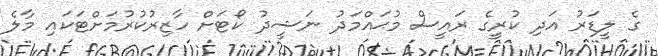
ގެ ލީޑަރު އަދި ކުރީގެ ރައީސް މުޙައްމަދު ނަޝީދު ކޯޓަށް ހާޒިރުކުރުމަށްޓަކައި މާލެ